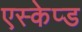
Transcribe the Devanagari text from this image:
एस्केप्ड